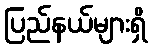
ပြည်နယ်များရှိ